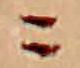
ニ